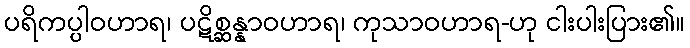
ပရိကပ္ပါဝဟာရ၊ ပဋိစ္ဆန္နာဝဟာရ၊ ကုသာဝဟာရ-ဟု ငါးပါးပြား၏။